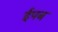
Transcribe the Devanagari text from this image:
ईपब